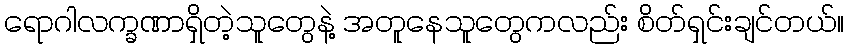
ရောဂါလက္ခဏာရှိတဲ့သူတွေနဲ့ အတူနေသူတွေကလည်း စိတ်ရှင်းချင်တယ်။